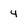
Character: 4